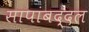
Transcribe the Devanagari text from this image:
सापांबद्दल